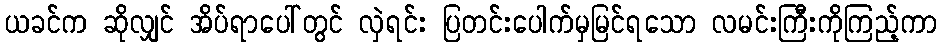
ယခင်က ဆိုလျှင် အိပ်ရာပေါ်တွင် လှဲရင်း ပြတင်းပေါက်မှမြင်ရသော လမင်းကြီးကိုကြည့်ကာ